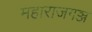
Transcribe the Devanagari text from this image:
महाराजगञ्ज